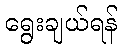
ရွေးချယ်ရန်